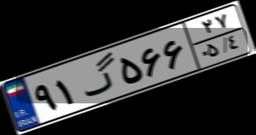
۹۱گ۵۶۶۲۷